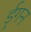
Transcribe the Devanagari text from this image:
र्ड्रगन